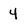
Character: 4